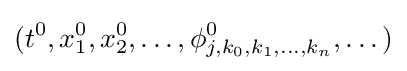
(t^{0},x_{1}^{0},x_{2}^{0},\dots ,\phi _{j,k_{0},k_{1},\dots ,k_{n}}^{0},\dots )